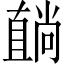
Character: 𥊢